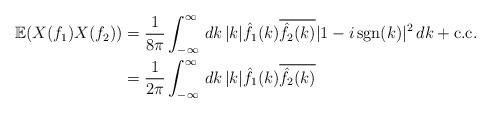
LaTeX: \begin{align*}\mathbb{E}(X(f_1)X(f_2)) &= \frac{1}{8\pi}\int_{-\infty}^{\infty}\,dk\,|k|\hat{f_1}(k)\overline{\hat{f_2}(k)}|1-i\,\mathrm{sgn}(k)|^{2}\,dk+\mathrm{c.c.}\\&=\frac{1}{2\pi}\int_{-\infty}^{\infty}\,dk\,|k|\hat{f_1}(k)\overline{\hat{f_2}(k)}\end{align*}